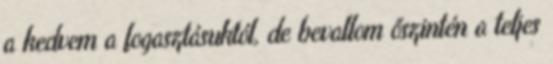
a kedvem a fogasztásuktól, de bevallom őszintén a teljes